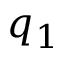
q _ { 1 }